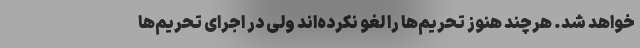
خواهد شد. هرچند هنوز تحریم‌ها را لغو نکرده‌اند ولی در اجرای تحریم‌ها